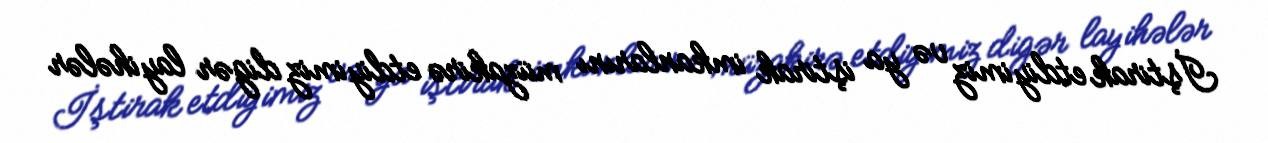
İştirak etdiyimiz və ya iştirak imkanlarını müzakirə etdiyimiz digər layihələr